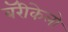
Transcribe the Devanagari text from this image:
बॅरीकेलो